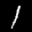
Label: 1